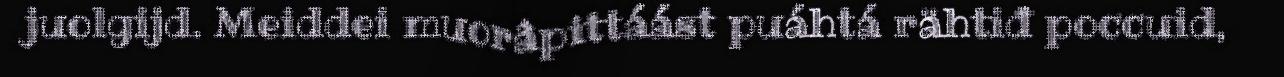
juolgijd. Meiddei muorâpittáást puáhtá rähtiđ poccuid,